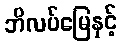
ဘိလပ်မြေနှင့်